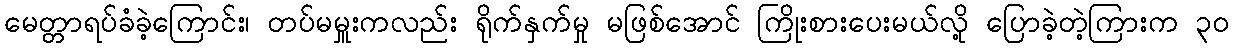
မေတ္တာရပ်ခံခဲ့ကြောင်း၊ တပ်မမှူးကလည်း ရိုက်နှက်မှု မဖြစ်အောင် ကြိုးစားပေးမယ်လို့ ပြောခဲ့တဲ့ကြားက ၃၀